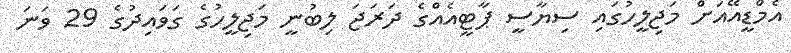
އެމްޑީއޭއަށް މަޖިލީހުގައި ސިޔާސީ ޕާޓީއެއްގެ ދަރަޖަ ލިބުނީ މަޖިލީހުގެ ގަވައިދުގެ 29 ވަނަ